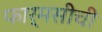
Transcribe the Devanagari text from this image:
फार्मसीची